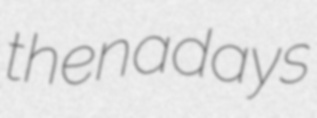
thenadays